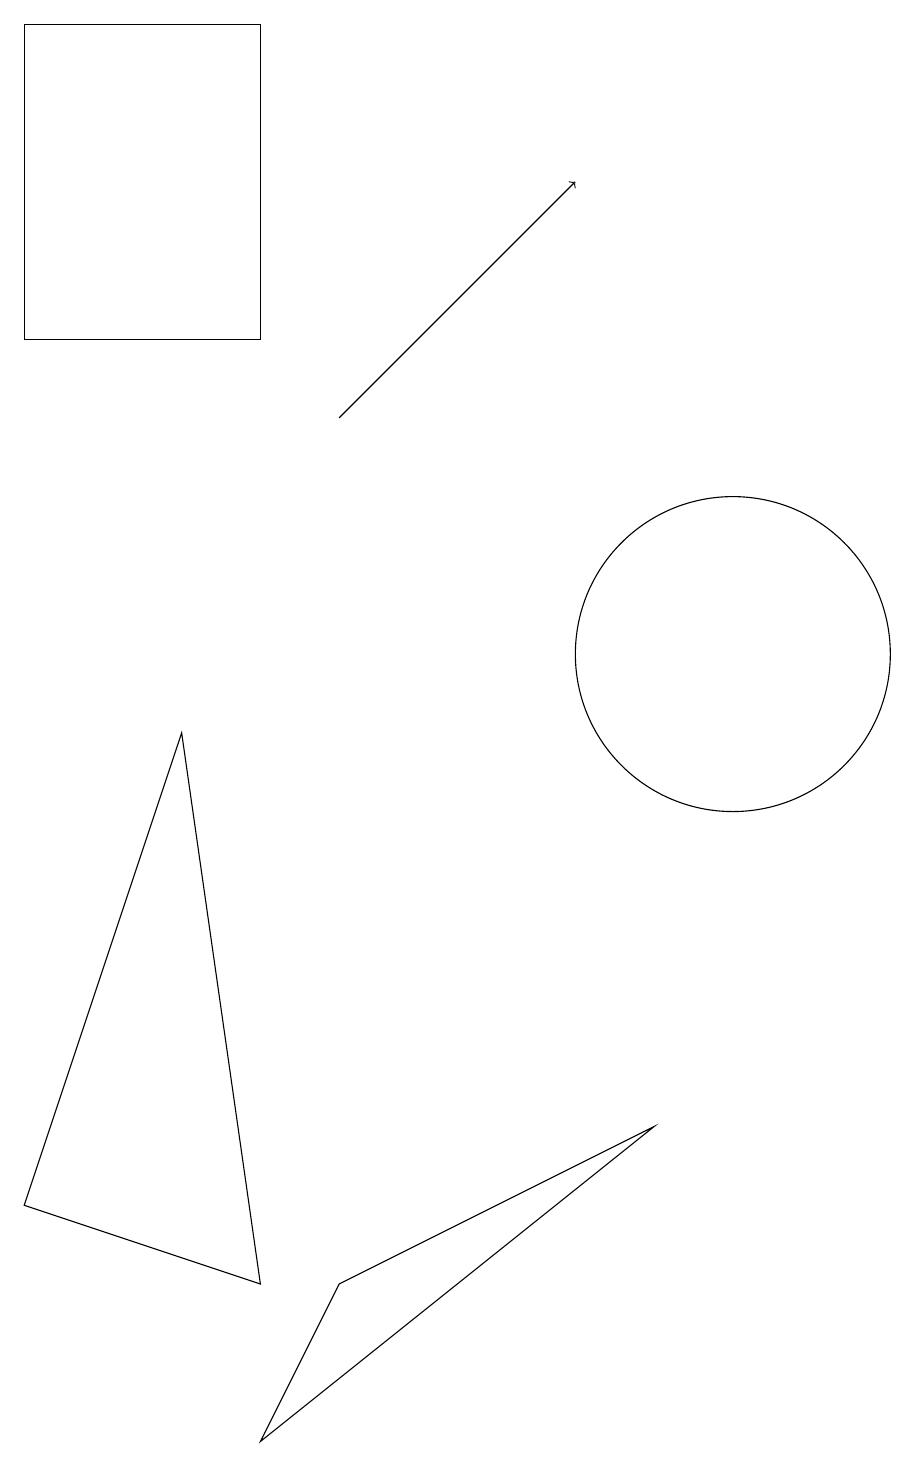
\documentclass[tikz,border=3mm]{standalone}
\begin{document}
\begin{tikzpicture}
\draw (10,10) circle (2);
\draw[->] (5,13) -- (8,16);
\draw (1,14) rectangle (4,18);
\draw (5,2) -- (4,0) -- (9,4) -- cycle;
\draw (1,3) -- (4,2) -- (3,9) -- cycle;
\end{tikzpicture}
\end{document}